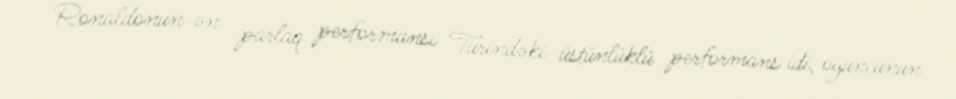
Ronaldonun ən parlaq performansı Turindəki üstünlüklü performans idi, oyunçunun